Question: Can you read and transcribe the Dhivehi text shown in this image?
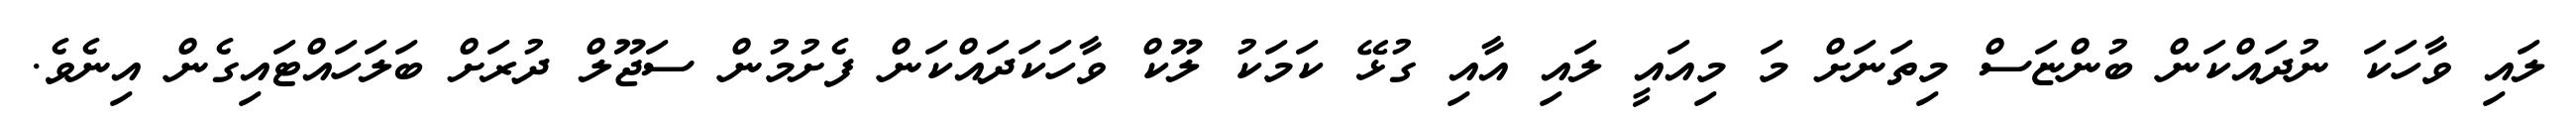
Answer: ލައި ވާހަކަ ނުދައްކަން ބުންޏަސް މިތަނަށް މަ މިއައީ ލައި އާއި ގުޅޭ ކަމަކު ލޫކް ވާހަކަދައްކަން ފެށުމުން ސަޖޫލް ދުރަށް ބަލަހައްޓައިގެން އިނެވެ.